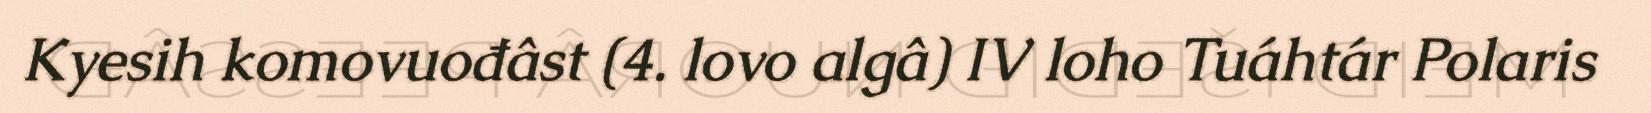
Kyesih komovuođâst (4. lovo algâ) IV loho Tuáhtár Polaris